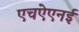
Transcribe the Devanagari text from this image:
एचऐएनई